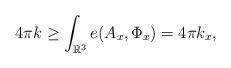
LaTeX: \begin{align*}4\pi k\geq\int_{\mathbb{R}^3} e(A_{x},\Phi_{x}) = 4 \pi k_x,\end{align*}